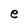
Character: e